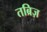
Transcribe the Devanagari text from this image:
तब्रिज़